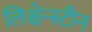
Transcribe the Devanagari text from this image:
लिश्चेन्स्टीन